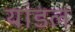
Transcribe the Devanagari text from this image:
यांडल